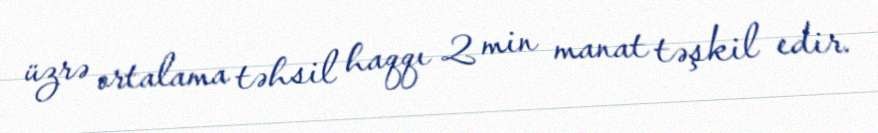
üzrə ortalama təhsil haqqı 2 min manat təşkil edir.